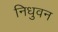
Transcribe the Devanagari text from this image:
निधुवन